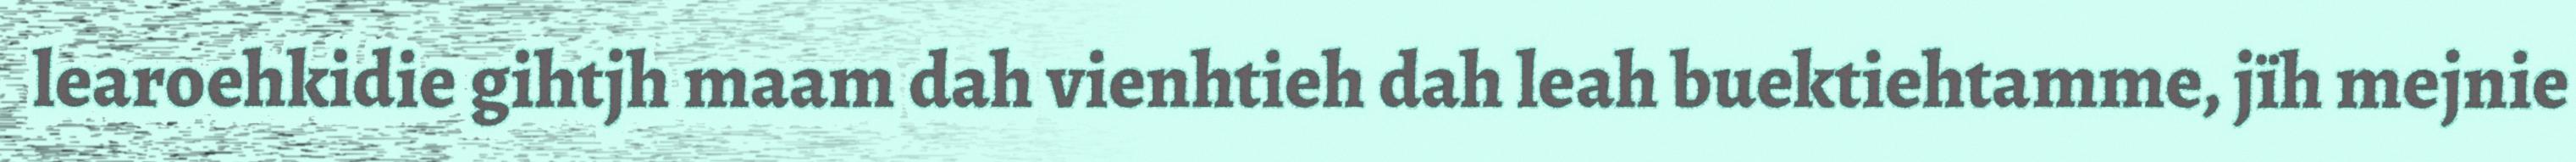
learoehkidie gihtjh maam dah vienhtieh dah leah buektiehtamme, jïh mejnie